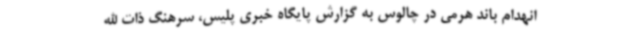
انهدام باند هرمی در چالوس به گزارش پایگاه خبری پلیس، سرهنگ ذات الله